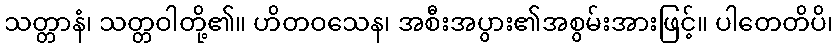
သတ္တာနံ၊ သတ္တဝါတို့၏။ ဟိတဝသေန၊ အစီးအပွား၏အစွမ်းအားဖြင့်။ ပါတေတိပိ၊